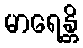
မာရေန္တိ